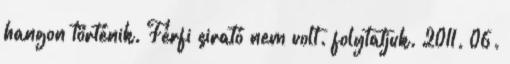
hangon történik. Férfi sirató nem volt. folytatjuk. 2011. 06.